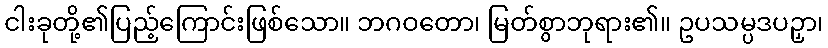
ငါးခုတို့၏ပြည့်ကြောင်းဖြစ်သော။ ဘဂဝတော၊ မြတ်စွာဘုရား၏။ ဥပသမ္ပဒပဉှာ၊